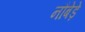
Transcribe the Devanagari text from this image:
नौबेड़े